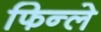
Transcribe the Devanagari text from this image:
फिन्ले